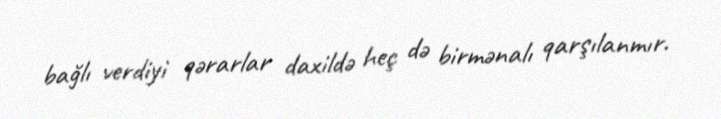
bağlı verdiyi qərarlar daxildə heç də birmənalı qarşılanmır.